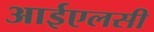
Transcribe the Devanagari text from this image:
आईएलसी